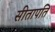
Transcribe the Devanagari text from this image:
सीतापतिं